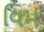
વિમ